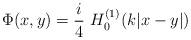
LaTeX: \begin{align*}\Phi(x,y) = \dfrac{i}{4} \ H_{0}^{(1)}(k|x-y|)\end{align*}